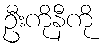
ဦးကိုနီကို